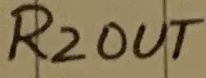
Text: R2OUT